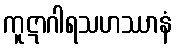
ကူဋာဂါရသဟဿာနံ